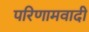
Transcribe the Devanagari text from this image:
परिणामवादी